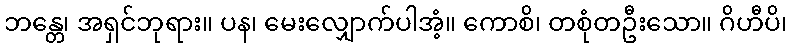
ဘန္တေ၊ အရှင်ဘုရား။ ပန၊ မေးလျှောက်ပါအံ့။ ကောစိ၊ တစုံတဦးသော။ ဂိဟီပိ၊